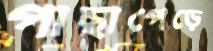
পাছাপেড়ে